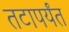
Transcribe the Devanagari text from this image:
तटापर्यंत